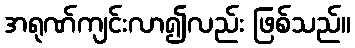
အရုဏ်ကျင်းလာ၍လည်း ဖြစ်သည်။